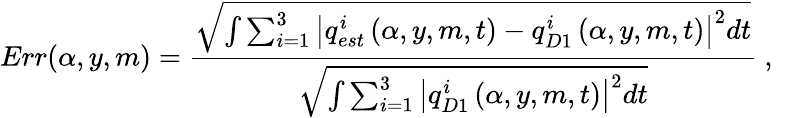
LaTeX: Err(\alpha,y,m)=\frac{\sqrt{\int\sum_{i=1}^{3}\left|{q_{est}^{i}}\left(\alpha,y,m,t\right)-{q_{D1}^{i}}\left(\alpha,y,m,t\right)\right|^{2}dt}}{{\sqrt{\int\sum_{i=1}^{3}\left|{q_{D1}^{i}}\left(\alpha,y,m,t\right)\right|^{2}dt}}}\mathrm{~,~}